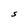
Character: S